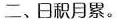
二、日积月累。